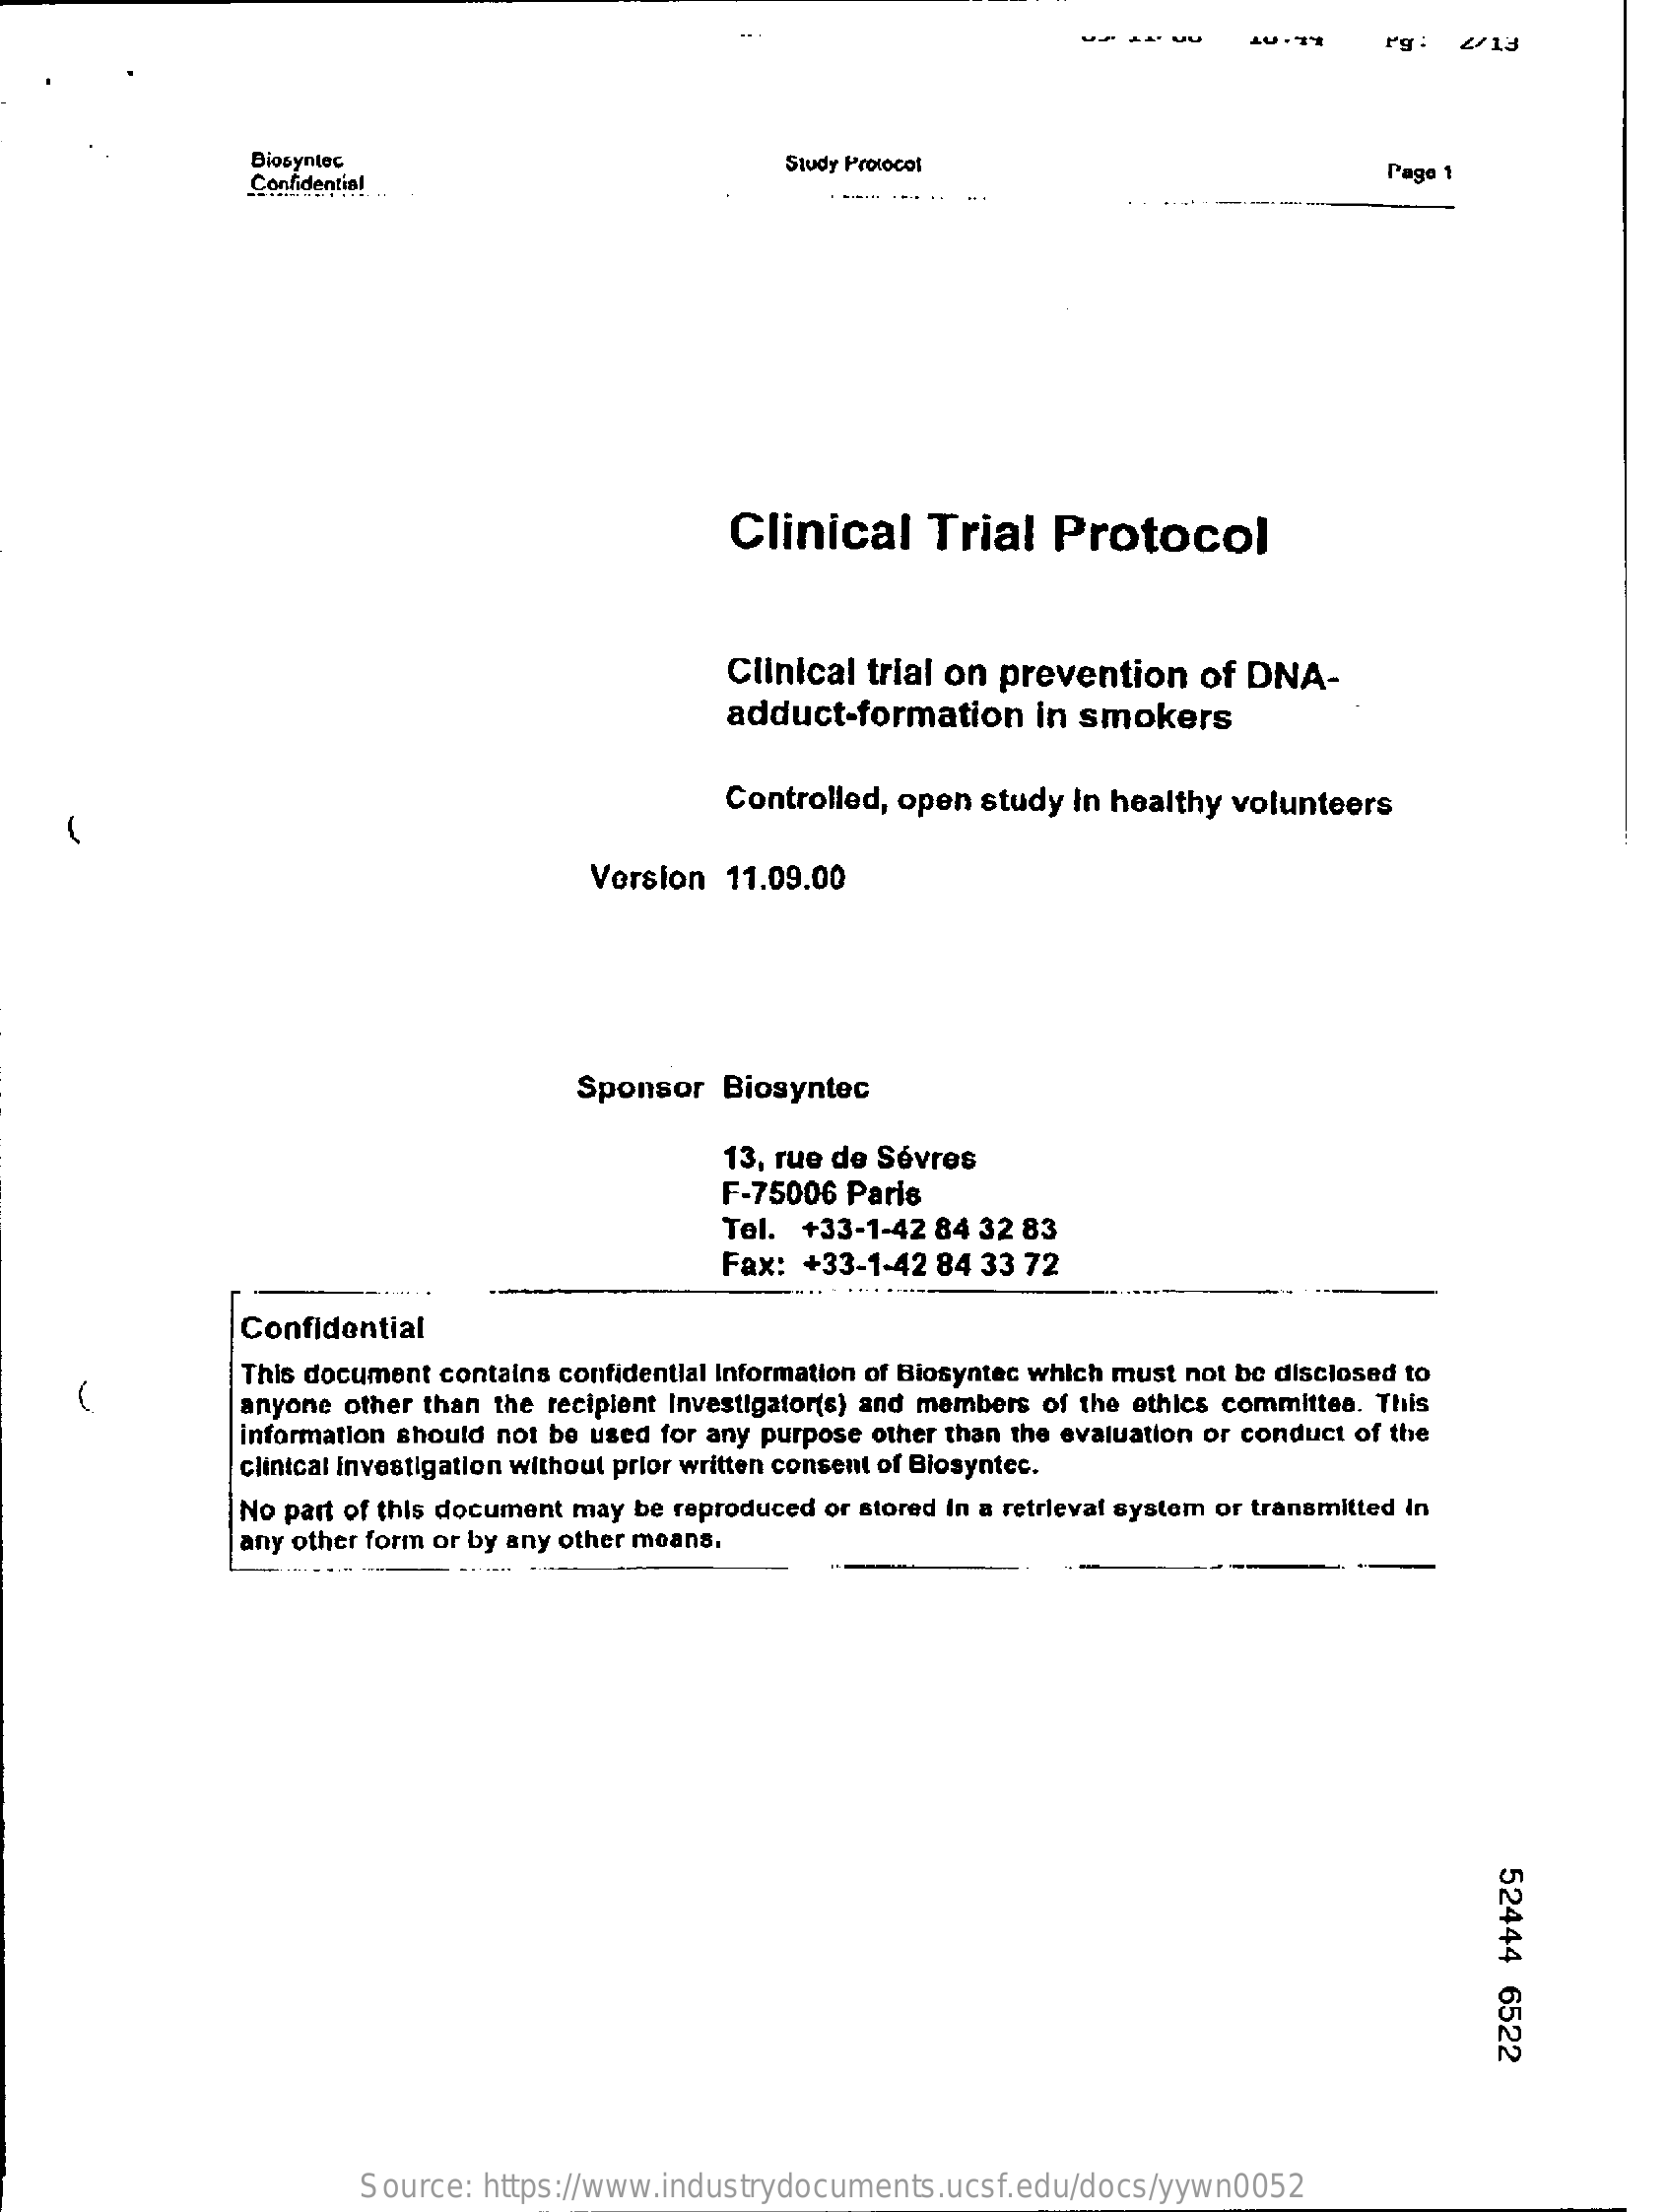
rg ! 2/13
     Diosynlec
     Confidential
     Study Protocol    Page 1
     Clinical    Trial   Protocol
     Clinical trial on prevention    of DNA-
     adduct-formation    in smokers
     Controlled, open study In healthy volunteers
     Version 11.09.00
     Sponsor  Biosyntec
     13, rue de Sévres
     F-75006 Paris
     Tel. +33-1-42 84 32 83
     Fax: +33-1-42 84 33 72
     Confidential
     This document contains confidential Information of Biosyntec which must not be disclosed to
     anyone other than the recipient Investigator(s) and members of the ethics committee. This
     information should not be used for any purpose other than the evaluation or conduct of the
     clinical Investigation without prior written consent of Biosyntec.
     No part of this document may be reproduced or stored In a retrieval system or transmitted in
     any other form or by any other means.
     52444
     6522
     Source: https://www.industrydocuments.ucsf.edu/docs/yywn0052